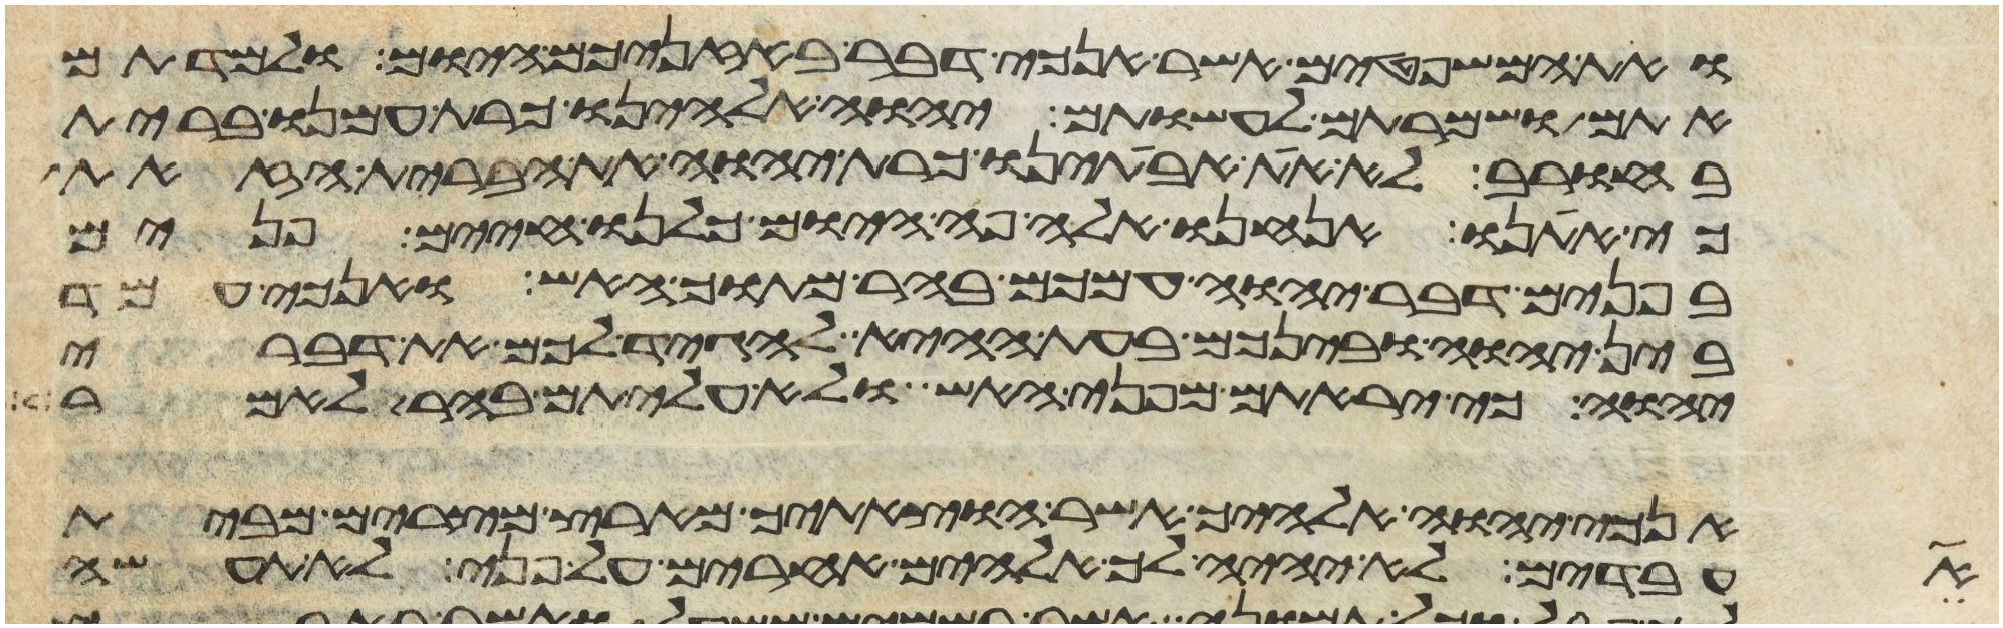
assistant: ואת המשפטים אשר אנכי דבר באזניכם היום ולמדתם
אתם ושמרתם לעשותם יהוה אלהינו כרת עמנו ברית
בחורב לא את אבתינו כרת יהוה את הברית הזאת
כי אתנו אנחנו אלה פה היום כלנו חיים פנים
בפנים דבר יהוה עמכם בהר מתוך האש ואנכי עמד
בין יהוה ובינכם בעת ההיא להגיד לכם את דברי
יהוה כי יראתם מפני האש ולא עליתם בהר לאמר
אנכי יהוה אלהיך אשר הוצאתיך מארץ מצרים מבית
את